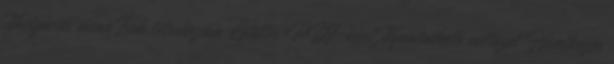
Navigációs menü Fiók létrehozása Letöltés PDF-ként Nyomtatható változat Hivatkozás